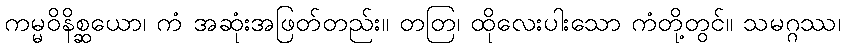
ကမ္မဝိနိစ္ဆယော၊ ကံ အဆုံးအဖြတ်တည်း။ တတြ၊ ထိုလေးပါးသော ကံတို့တွင်။ သမဂ္ဂဿ၊